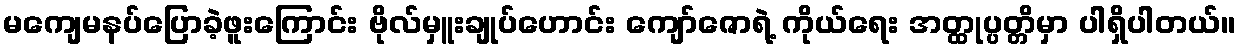
မကျေမနပ်ပြောခဲ့ဖူးကြောင်း ဗိုလ်မှူးချုပ်ဟောင်း ကျော်ဇောရဲ့ ကိုယ်ရေး အတ္ထုပ္ပတ္တိမှာ ပါရှိပါတယ်။